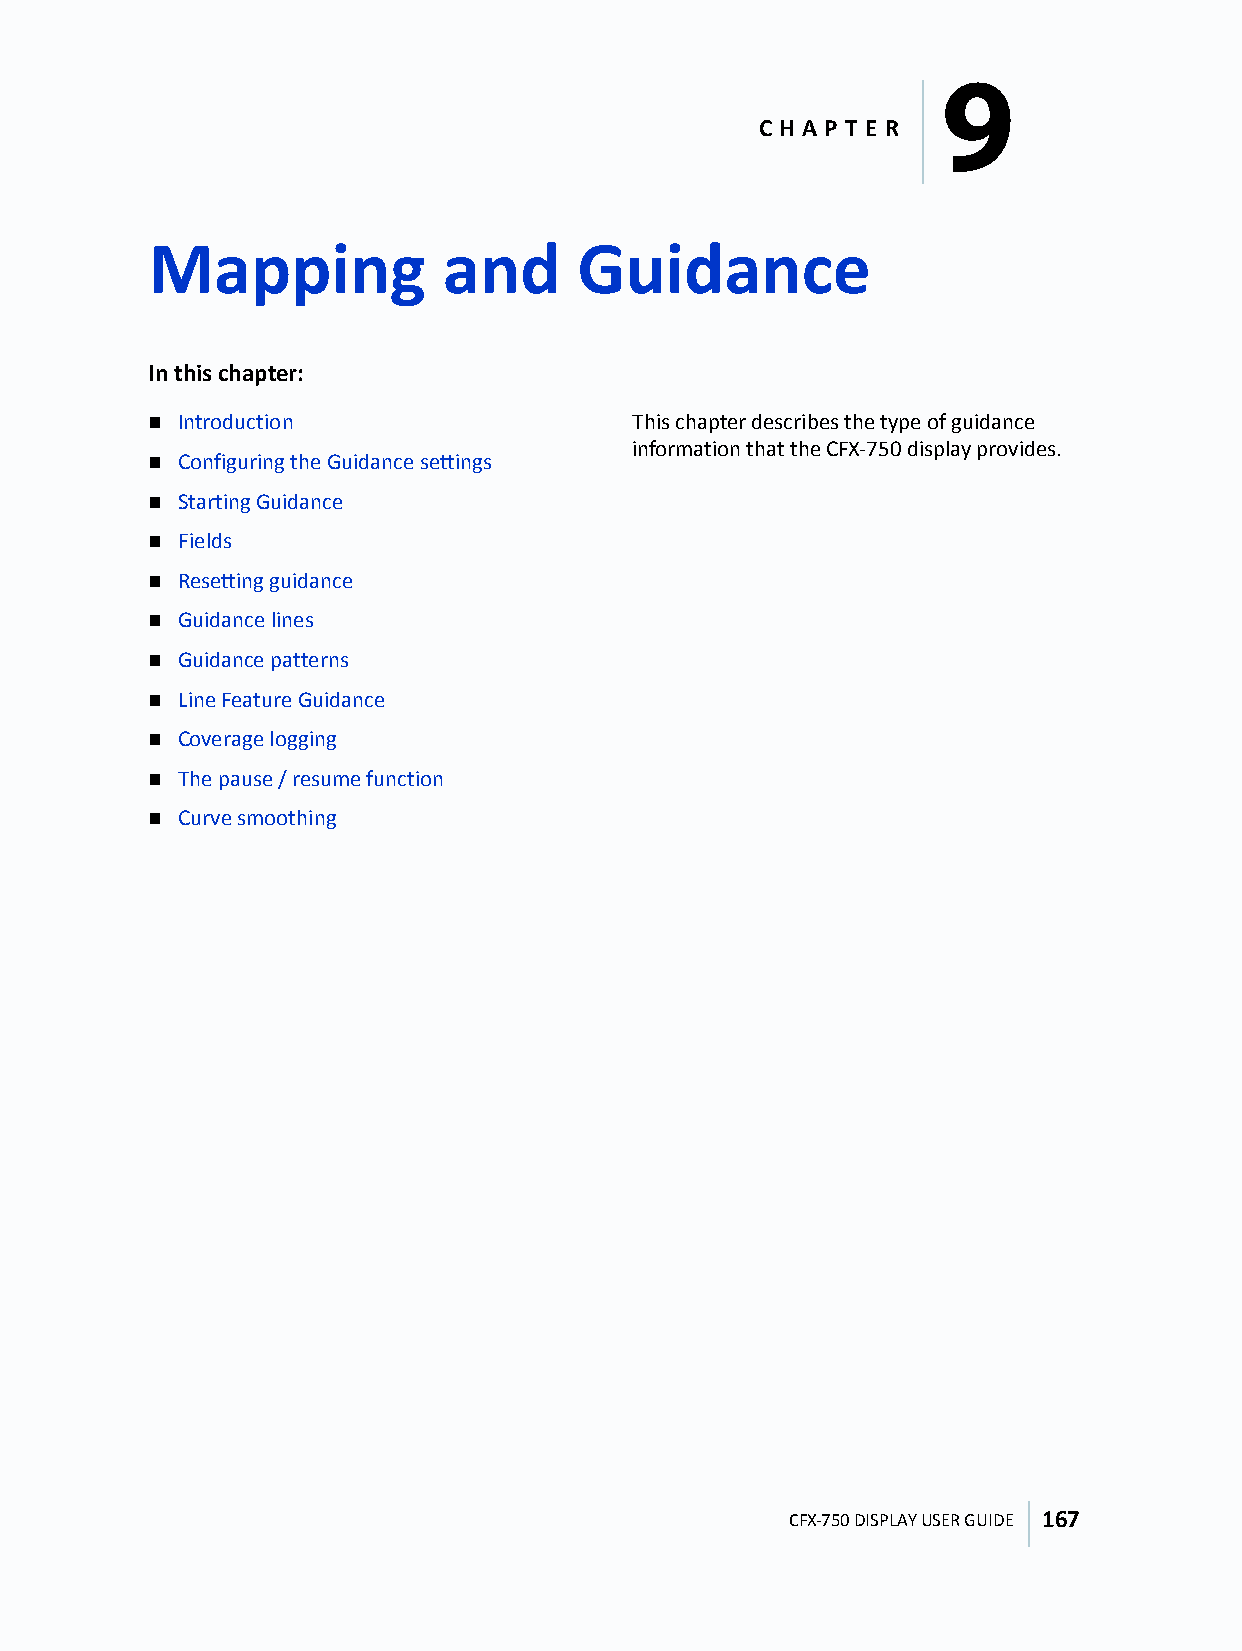
9
 C H A P T E R
 Mapping            and      Guidance
 9
 In this chapter:
  Introduction                  This chapter describes the type of guidance
 information that the CFX-750 display provides.
  Configuring the Guidance settings
  Starting Guidance
  Fields
  Resetting guidance
  Guidance lines
  Guidance patterns
  Line Feature Guidance
  Coverage logging
  The pause / resume function
  Curve smoothing
 CFX-750 DISPLAY USER GUIDE 167